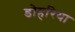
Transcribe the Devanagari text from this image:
डोहरिया